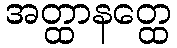
အတ္ထာနတ္ထေ